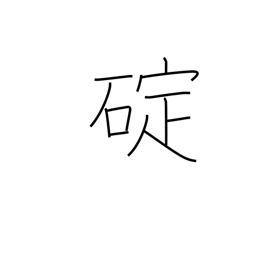
Meaning: grapnel